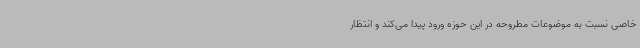
خاصی نسبت به موضوعات مطروحه در این حوزه ورود پیدا می‌کند و انتظار